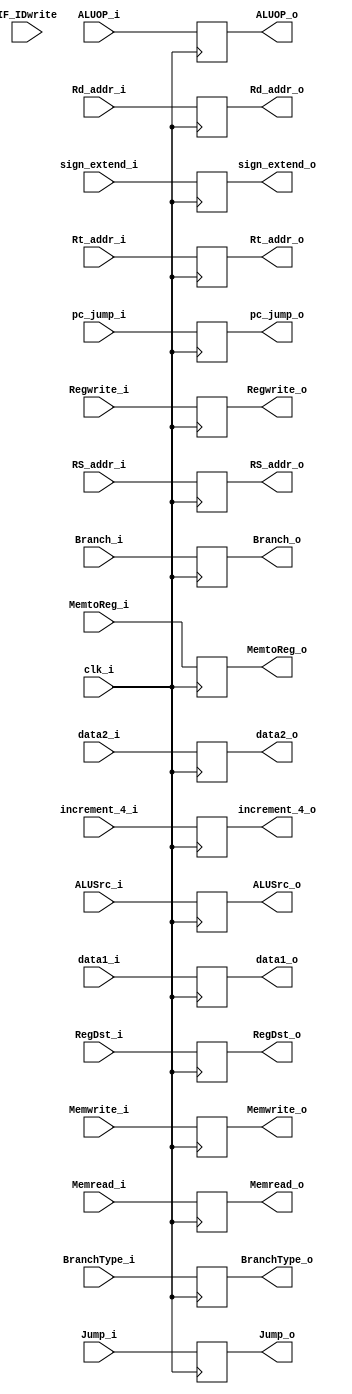
module ID_EX(  clk_i, MemtoReg_i, Regwrite_i, BranchType_i, Branch_i, Memwrite_i, Memread_i, pc_jump_i, RegDst_i, ALUOP_i, ALUSrc_i, increment_4_i, data1_i, data2_i, sign_extend_i, Rt_addr_i, Rd_addr_i, Jump_i, RS_addr_i, IF_IDwrite,                                              
					  MemtoReg_o, Regwrite_o, BranchType_o, Branch_o, Memwrite_o, Memread_o, pc_jump_o, RegDst_o, ALUOP_o, ALUSrc_o, increment_4_o, data1_o, data2_o, sign_extend_o, Rt_addr_o, Rd_addr_o ,Jump_o, RS_addr_o);

input          clk_i;
input  MemtoReg_i, Regwrite_i, Branch_i, Memwrite_i, Memread_i, RegDst_i,  ALUSrc_i;
input 		   BranchType_i, Jump_i,  IF_IDwrite;
input [3-1:0]  ALUOP_i;
input [32-1:0] pc_jump_i, increment_4_i, data1_i, data2_i, sign_extend_i;
input [5-1:0]  RS_addr_i, Rt_addr_i, Rd_addr_i;

output reg MemtoReg_o, Regwrite_o, Branch_o, Memwrite_o, Memread_o, RegDst_o,  ALUSrc_o;
output reg 		    BranchType_o, Jump_o;
output reg [3-1:0]  ALUOP_o;
output reg [32-1:0] pc_jump_o, increment_4_o, data1_o, data2_o, sign_extend_o;
output reg [5-1:0]  RS_addr_o, Rt_addr_o, Rd_addr_o;


always @(posedge clk_i) begin
	    MemtoReg_o <= MemtoReg_i; Regwrite_o <= Regwrite_i; BranchType_o <= BranchType_i; 
		Branch_o <= Branch_i; Memwrite_o <=  Memwrite_i; Memread_o <= Memread_i; pc_jump_o <= pc_jump_i;
		RegDst_o <= RegDst_i; ALUOP_o <= ALUOP_i; ALUSrc_o <= ALUSrc_i; 
		increment_4_o <= increment_4_i; data1_o <= data1_i; data2_o <= data2_i; 
		sign_extend_o <= sign_extend_i; Rt_addr_o <= Rt_addr_i; Rd_addr_o <= Rd_addr_i; Jump_o <= Jump_i;                                                
		RS_addr_o <= RS_addr_i;			 

end

initial begin
	    MemtoReg_o = 0; Regwrite_o = 0; BranchType_o = 0; 
		Branch_o = 0; Memwrite_o =  0; Memread_o = 0; pc_jump_o = 0;
		RegDst_o = 0; ALUOP_o = 0; ALUSrc_o = 0; 
		increment_4_o = 0; data1_o = 0; data2_o = 0; 
		sign_extend_o = 0; Rt_addr_o = 0; Rd_addr_o = 0; Jump_o = 0;
		RS_addr_o = 0;
end

endmodule